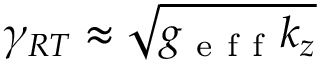
\gamma _ { R T } \approx \sqrt { g _ { \mathrm { ~ e ~ f ~ f ~ } } k _ { z } }